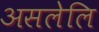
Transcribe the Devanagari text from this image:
असलेलि